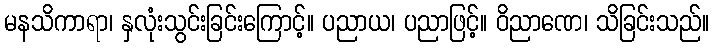
မနသိကာရာ၊ နှလုံးသွင်းခြင်းကြောင့်။ ပညာယ၊ ပညာဖြင့်။ ဝိညာဏေ၊ သိခြင်းသည်။